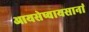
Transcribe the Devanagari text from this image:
आयसेष्वायसानां